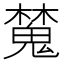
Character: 𣝹